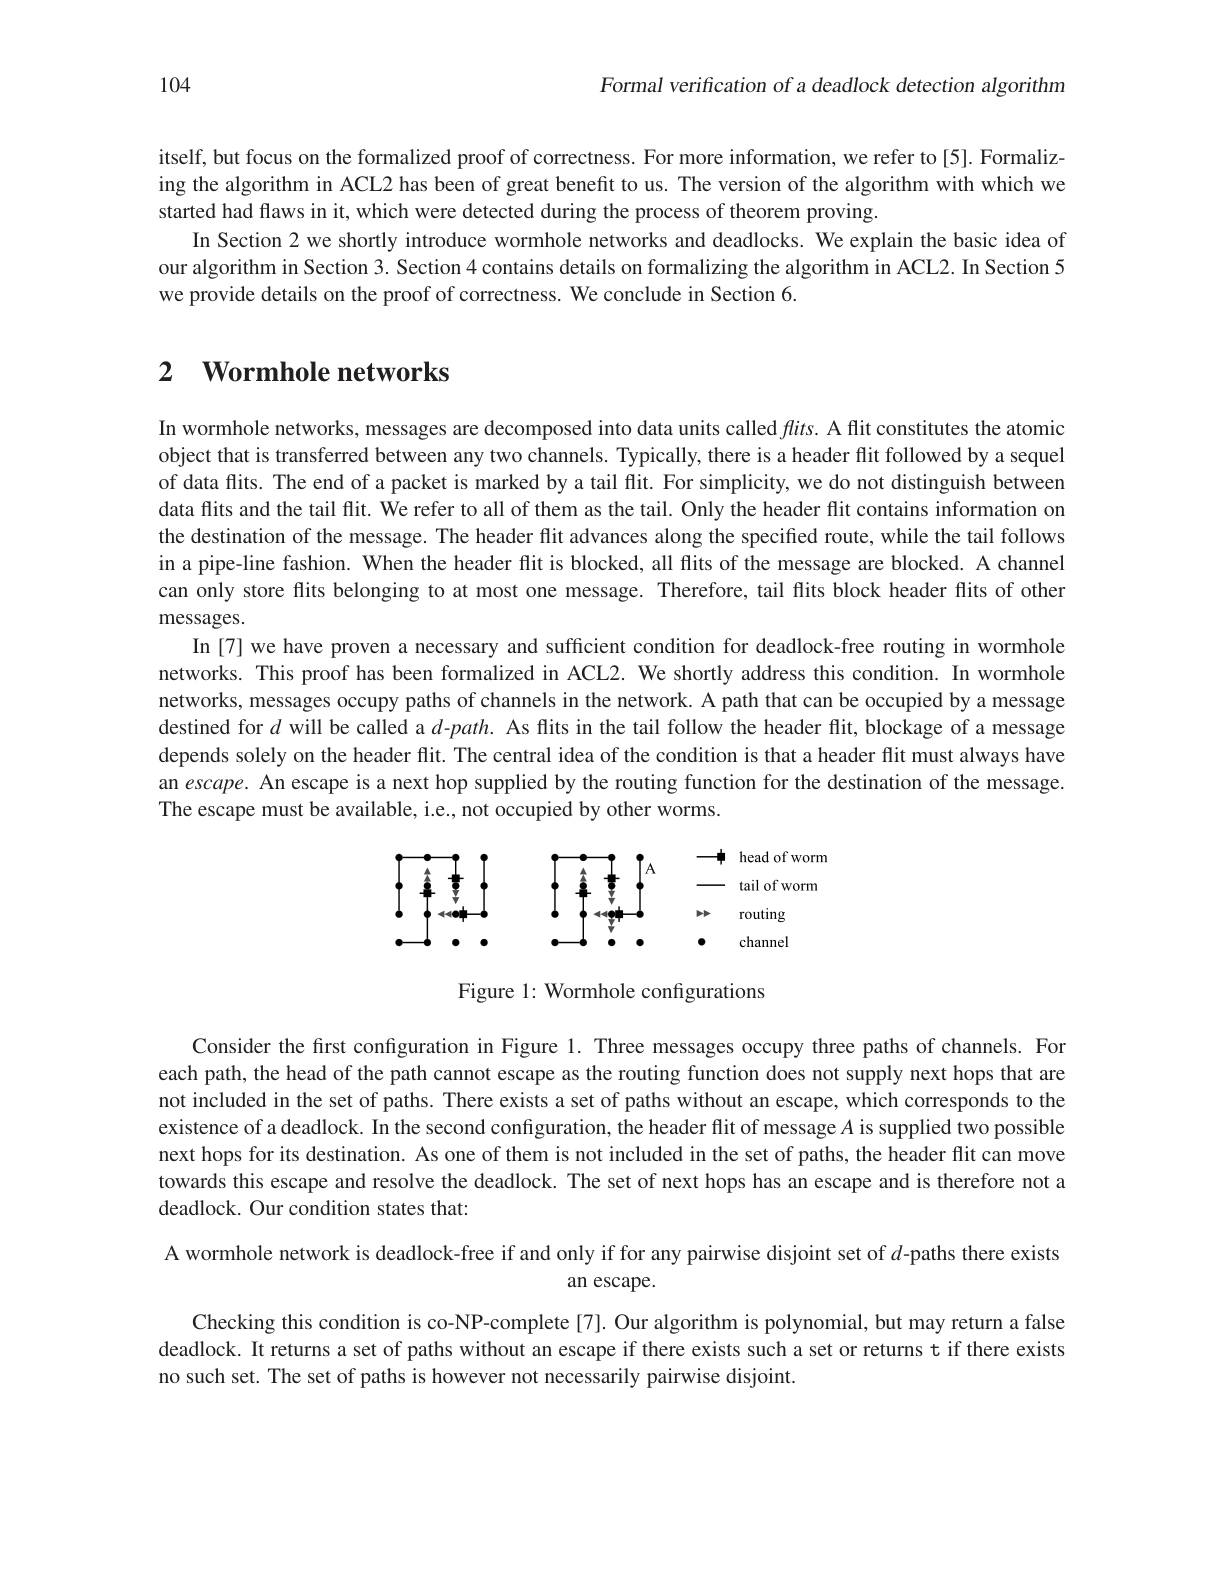
Formal verification of a deadlock detection algorithm

104

itself, but focus on the formalized proof of correctness. For more information, we refer to[5]. Formalizing the algorithm in ACL2 has been of great benefit to us. The version of the algorithm with which we started had flaws in it, which were detected during the process of theorem proving.
In Section 2 we shortly introduce wormhole networks and deadlocks. We explain the basic idea of our algorithm in Section 3. Section 4 contains details on formalizing the algorithm in ACL2. In Section 5 we provide details on the proof of correctness. We conclude in Section 6.

## 2 $\textbf{Wormhole networks}$

In wormhole networks, messages are decomposed into data units called $flits.$ A flit constitutes the atomic object that is transferred between any two channels. Typically, there is a header flit followed by a sequel of data flits. The end of a packet is marked by a tail flit. For simplicity, we do not distinguish between data flits and the tail flit. We refer to all of them as the tail. Only the header flit contains information on the destination of the message. The he header flit advances along the specified route, while the tail follows in a pipe-line fashion. When the header flit is blocked, all flits of the message are blocked. A channel can only store flits belonging to at most one message. Therefore, tail flits block header flits of other messages.
In [7] we have proven a necessary and sufficient condition for deadlock-free routing in wormhole networks. This proof has been formalized in ACL2. We shortly address this condition. In wormhole networks, messages occupy paths of channels in the network. A path that can be occupied by a message destined for $d$ will be called a $d$-path. As flits in the tail follow the header flit, blockage of a message depends solely on the header flit. The central idea of the condition is that a header flit must always have an escape. An escape is a next hop supplied by the routing function for the destination of the message. The escape must be available, i.e., not occupied by other worms.

<FigureHere>

Figure 1: Wormhole configurations

Consider the first configuration in Figure 1. Three messages occupy three paths of channels. For each path, the head of the path cannot escape as the routing function does not supply next hops that are not included in the set of paths. There exists a set of paths without an escape, which corresponds to the existence of a deadlock. In the second configuration, the header flit of message $A$ is supplied two possible next hops for its destination. As one of them is not included in the set of paths, the header flit can move towards this escape and resolve the deadlock. The set of next hops has an escape and is therefore not a deadlock. Our condition states that:

A wormhole network is deadlock-free if and only if for any pairwise disjoint set of $d$-paths there exists
an escape.

Checking this condition is co-NP-complete[7]. Our algorithm is polynomial, but may return a false deadlock. It returns a set of paths without an escape if there exists such a set or returns t if there exists no such set. The set of paths is however not necessarily pairwise disjoint.